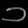
Digit: ၁